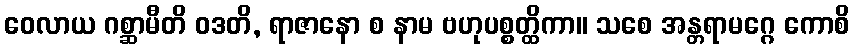
ဝေလာယ ဂစ္ဆာမီတိ ဝဒတိ, ရာဇာနော စ နာမ ဗဟုပစ္စတ္ထိကာ။ သစေ အန္တရာမဂ္ဂေ ကောစိ